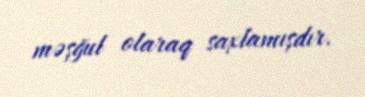
məşğul olaraq saxlamışdır.